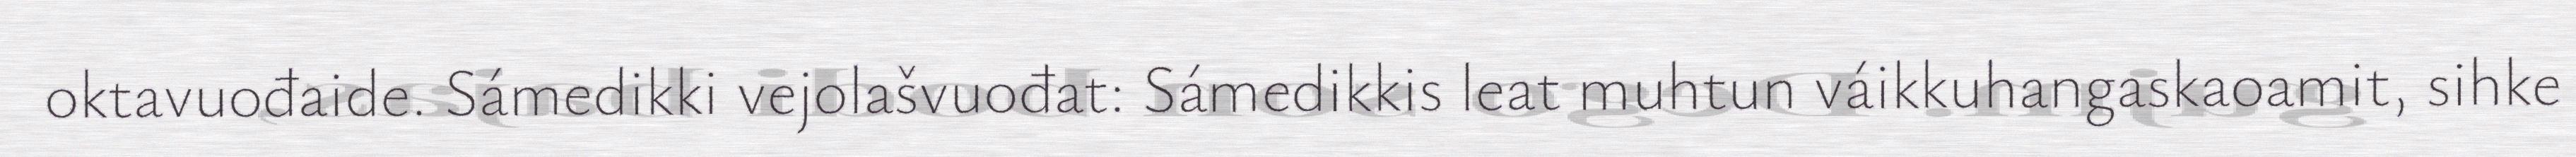
oktavuođaide. Sámedikki vejolašvuođat: Sámedikkis leat muhtun váikkuhangaskaoamit, sihke